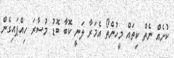
ކުށެއް ނެތް ކިތައް މީހުންތޯ އެމަރާ ލަނީ ކޮބާ ބޮޑު މުސާރަ ހިއްޕައިގެން